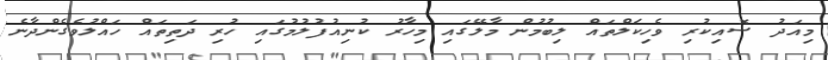
މިއަދު ސޮއިކުރި ވެހިކަލްތައް ލިބުމުން މާލޭގައި މިހާރު ކުނިއުފުލުމުގައި ހުރި ދަތިތައް ހައްލުވެގެންދާނެ